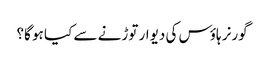
گورنر ہاؤس کی دیوار توڑنے سے کیا ہو گا؟